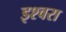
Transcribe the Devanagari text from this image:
इश्वरा